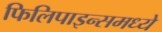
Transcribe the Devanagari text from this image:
फिलिपाइन्समध्ये